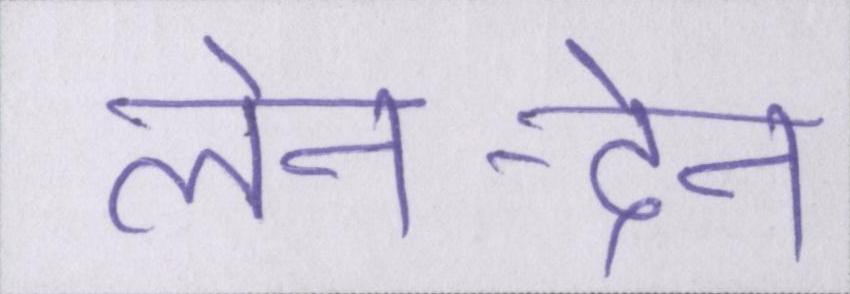
लेन-देन